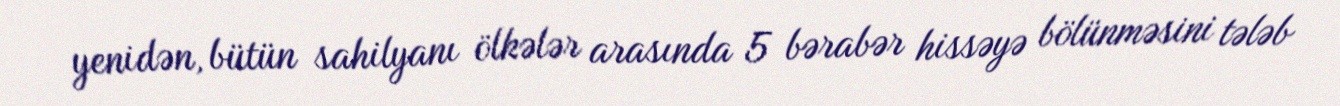
yenidən, bütün sahilyanı ölkələr arasında 5 bərabər hissəyə bölünməsini tələb